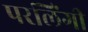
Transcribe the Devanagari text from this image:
परलिंगी